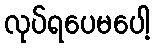
လုပ်ရပေမပေါ့